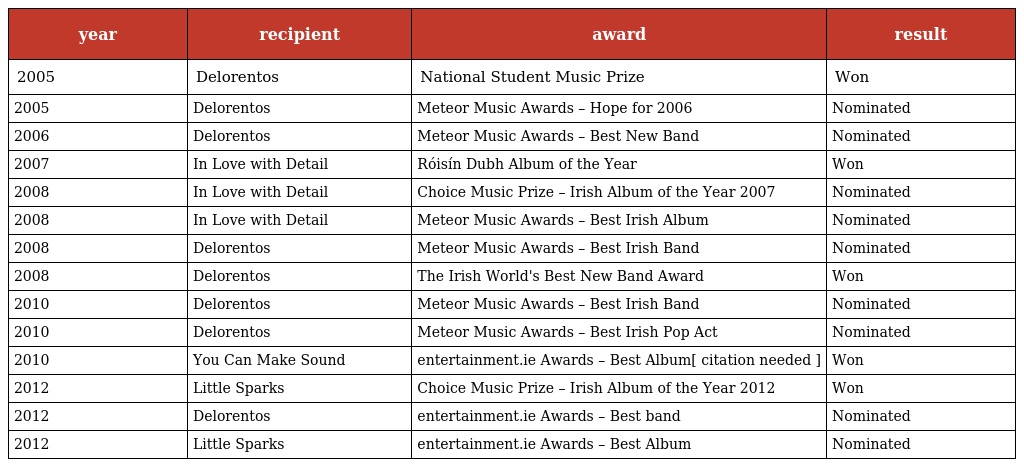
| year | recipient | award | result |
 | --- | --- | --- | --- |
 | 2005 | Delorentos | National Student Music Prize | Won |
 | 2005 | Delorentos | Meteor Music Awards – Hope for 2006 | Nominated |
 | 2006 | Delorentos | Meteor Music Awards – Best New Band | Nominated |
 | 2007 | In Love with Detail | Róisín Dubh Album of the Year | Won |
 | 2008 | In Love with Detail | Choice Music Prize – Irish Album of the Year 2007 | Nominated |
 | 2008 | In Love with Detail | Meteor Music Awards – Best Irish Album | Nominated |
 | 2008 | Delorentos | Meteor Music Awards – Best Irish Band | Nominated |
 | 2008 | Delorentos | The Irish World's Best New Band Award | Won |
 | 2010 | Delorentos | Meteor Music Awards – Best Irish Band | Nominated |
 | 2010 | Delorentos | Meteor Music Awards – Best Irish Pop Act | Nominated |
 | 2010 | You Can Make Sound | entertainment.ie Awards – Best Album[ citation needed ] | Won |
 | 2012 | Little Sparks | Choice Music Prize – Irish Album of the Year 2012 | Won |
 | 2012 | Delorentos | entertainment.ie Awards – Best band | Nominated |
 | 2012 | Little Sparks | entertainment.ie Awards – Best Album | Nominated |